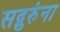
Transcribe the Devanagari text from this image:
सद्गुरुंना